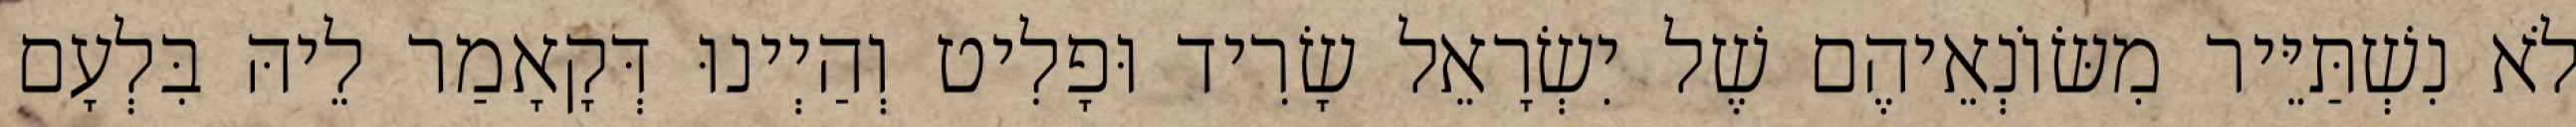
לֹא נִשְׁתַּיֵּיר מִשּׂוֹנְאֵיהֶם שֶׁל יִשְׂרָאֵל שָׂרִיד וּפָלִיט וְהַיְינוּ דְּקָאָמַר לֵיהּ בִּלְעָם